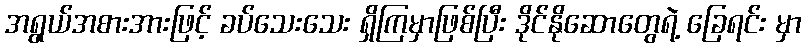
အရွယ်အစားအားဖြင့် ခပ်သေးသေး ရှိကြမှာဖြစ်ပြီး ဒိုင်နိုဆောတွေရဲ့ ခြေရင်း မှာ